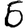
Digit: 6